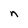
Character: n